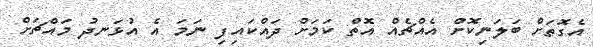
އެގޮތަށް ބަލަނިކޮށް އެއްޗެއް އޮތް ކަމަށް ދައްކައިފި ނަމަ އެ އުޅަނދު މައްޗަށް